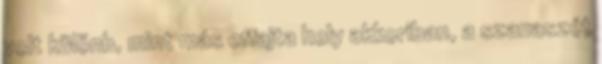
volt különb, mint más effajta hely akkoriban, a szanaszét